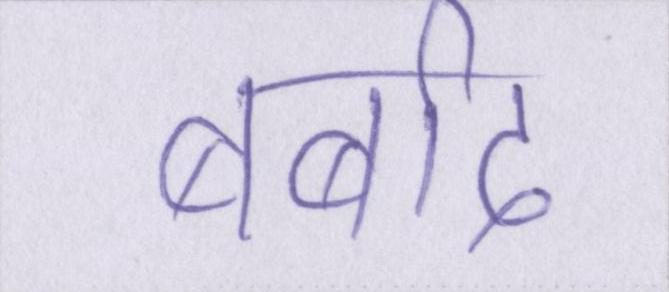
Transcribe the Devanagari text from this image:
बर्बाद